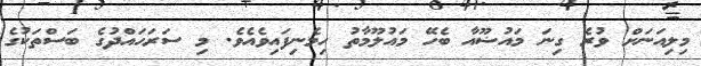
މިލިއަނަށް ވުރެ ގިނަ މައުޟޫއާ ބެހޭ މައުލޫމާތު ހިމެނިފައިވެއެވެ. މި ސަރަހައްދުގެ ބަސްތަކުގެ